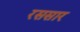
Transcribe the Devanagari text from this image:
रससार